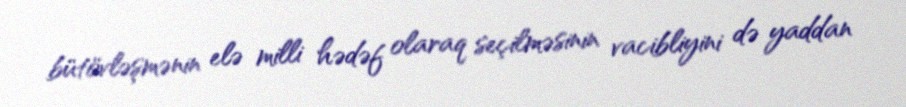
bütövləşmənin elə milli hədəf olaraq seçilməsinin vacibliyini də yaddan